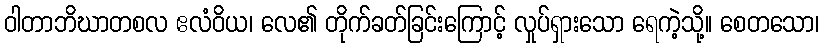
ဝါတာဘိဃာတစလ ဧလံဝိယ၊ လေ၏ တိုက်ခတ်ခြင်းကြောင့် လှုပ်ရှားသော ရေကဲ့သို့။ စေတသော၊